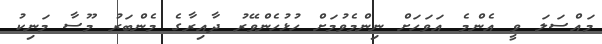
މައްސަލަ ވީ އެންމެ އަވަހަށް ނިންމެވުމަށް ހުޅުހެންވޭރު ދާއިރާގެ މެންބަރު މޫސާ މަނިކު